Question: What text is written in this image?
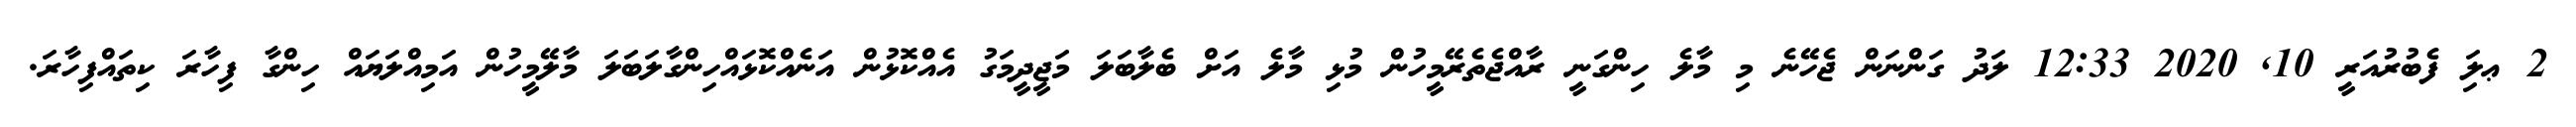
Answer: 2 ޢލަި ފެބުރުއަރީ 10, 2020 12:33 ލަދު ގަންނަން ޖެހޭނެ މި މާލެ ހިންގަނީ ރާއްޖެތެރޭމީހުން މުޅި މާލެ އަށް ބެލާބަލަ މަޖީދީމަގު އެއްކޮޅުން އަނެއްކޮޅައްހިންގާލަބަލަ މާލޭމީހުން އަމިއްލަޔައް ހިންގާ ފިހާރަ ކިތައްފިހާރަ.